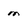
Character: m